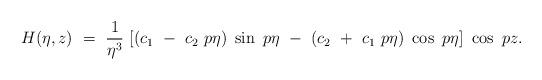
LaTeX: \begin{align*}H (\eta,z) ~=~ \frac 1 {\eta^3} ~[ (c_{1} ~-~ c_{2}~p \eta) ~\sin ~p \eta ~-~(c_{2} ~+~ c_{1}~p \eta) ~ \cos ~p \eta ]~ \cos~p z.\end{align*}